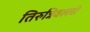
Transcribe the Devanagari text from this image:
तिरुन्निवल्ली